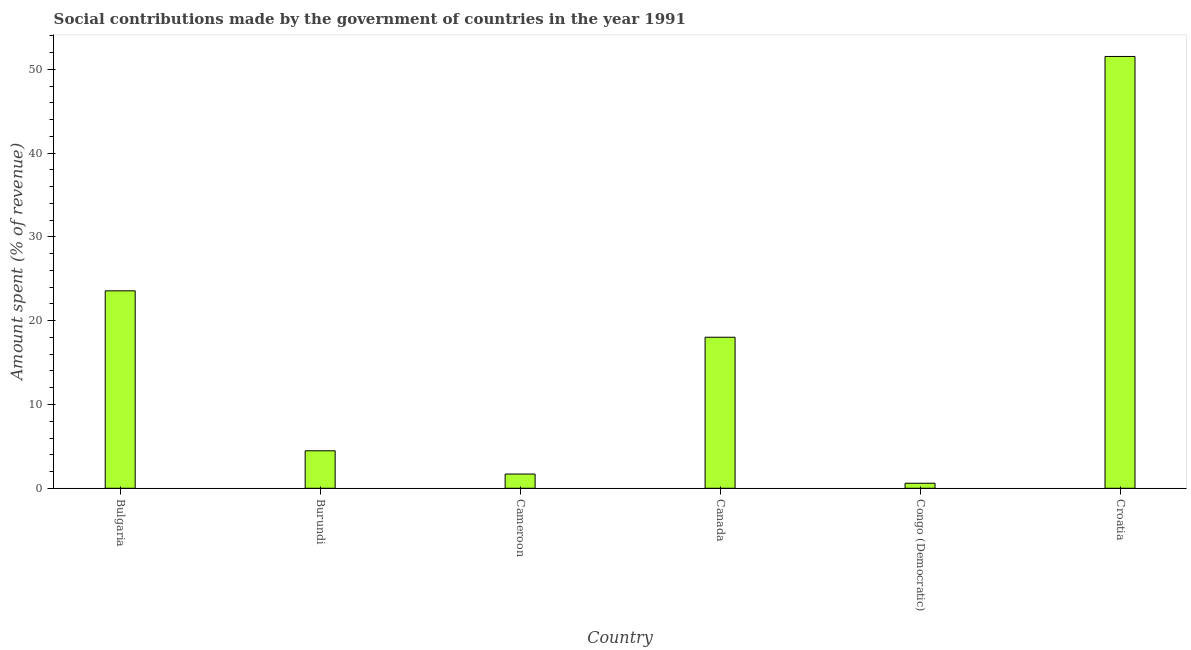
| Country | Social contributions |
 | --- | --- |
 | Bulgaria | 23.6 |
 | Burundi | 4.47 |
 | Cameroon | 1.7 |
 | Canada | 18 |
 | Congo (Democratic) | 0.602 |
 | Croatia | 51.5 |